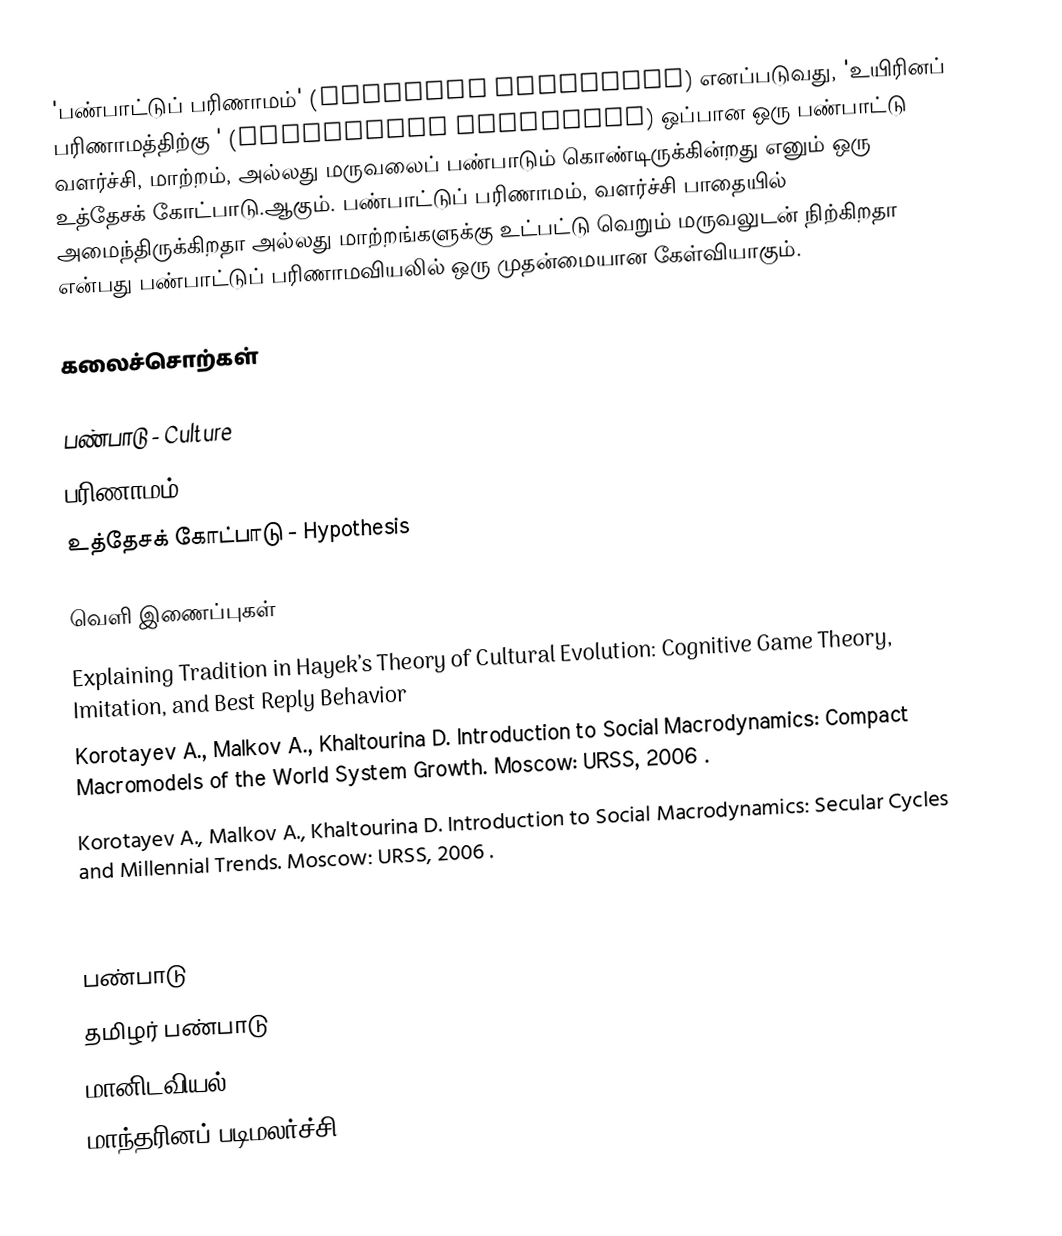
'பண்பாட்டுப் பரிணாமம்' (Cultural Evolution) எனப்படுவது, 'உயிரினப் பரிணாமத்திற்கு ' (Biological Evolution) ஒப்பான ஒரு பண்பாட்டு வளர்ச்சி, மாற்றம், அல்லது மருவலைப் பண்பாடும் கொண்டிருக்கின்றது எனும் ஒரு உத்தேசக் கோட்பாடு.ஆகும்.  பண்பாட்டுப் பரிணாமம், வளர்ச்சி பாதையில் அமைந்திருக்கிறதா அல்லது மாற்றங்களுக்கு உட்பட்டு வெறும் மருவலுடன் நிற்கிறதா என்பது பண்பாட்டுப் பரிணாமவியலில் ஒரு முதன்மையான கேள்வியாகும்.

கலைச்சொற்கள்

பண்பாடு - Culture
 பரிணாமம் - Evolution
 உத்தேசக் கோட்பாடு - Hypothesis

வெளி இணைப்புகள்
 Explaining Tradition in Hayek’s Theory of Cultural Evolution: Cognitive Game Theory, Imitation, and Best Reply Behavior
 Korotayev A., Malkov A., Khaltourina D. Introduction to Social Macrodynamics: Compact Macromodels of the World System Growth. Moscow: URSS, 2006 .
 Korotayev A., Malkov A., Khaltourina D. Introduction to Social Macrodynamics: Secular Cycles and Millennial Trends. Moscow: URSS, 2006 .
 Korotayev A. & Khaltourina D. Introduction to Social Macrodynamics: Secular Cycles and Millennial Trends in Africa. Moscow: URSS, 2006 .

பண்பாடு
தமிழர் பண்பாடு
மானிடவியல்
மாந்தரினப் படிமலர்ச்சி